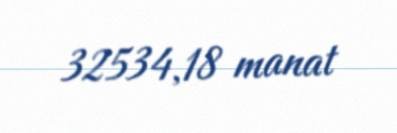
32534,18 manat